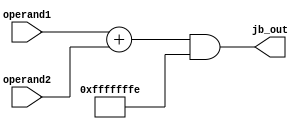
module JB_Unit(
    input [31:0] operand1,
    input [31:0] operand2,
    output reg [31:0] jb_out
    );

    always @(*) begin
        jb_out = (operand1 + operand2) & (~32'd1);
    end
endmodule